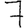
Digit: 7